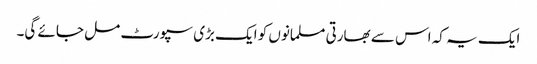
ایک یہ کہ اس سے بھارتی مسلمانوں کو ایک بڑی سپورٹ مل جائے گی۔